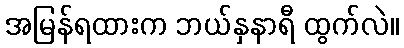
အမြန်ရထားက ဘယ်နှနာရီ ထွက်လဲ။